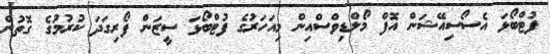
ފުޓްބޯޅަ އެސޯސިއޭޝަން އޮފް މޯލްޑިވްސްއިން މިއަހަރުގެ ފުޓްބޯޅަ ސީޒަން ފޯރިގަދަ ކުރުމުގެ ގޮތުން